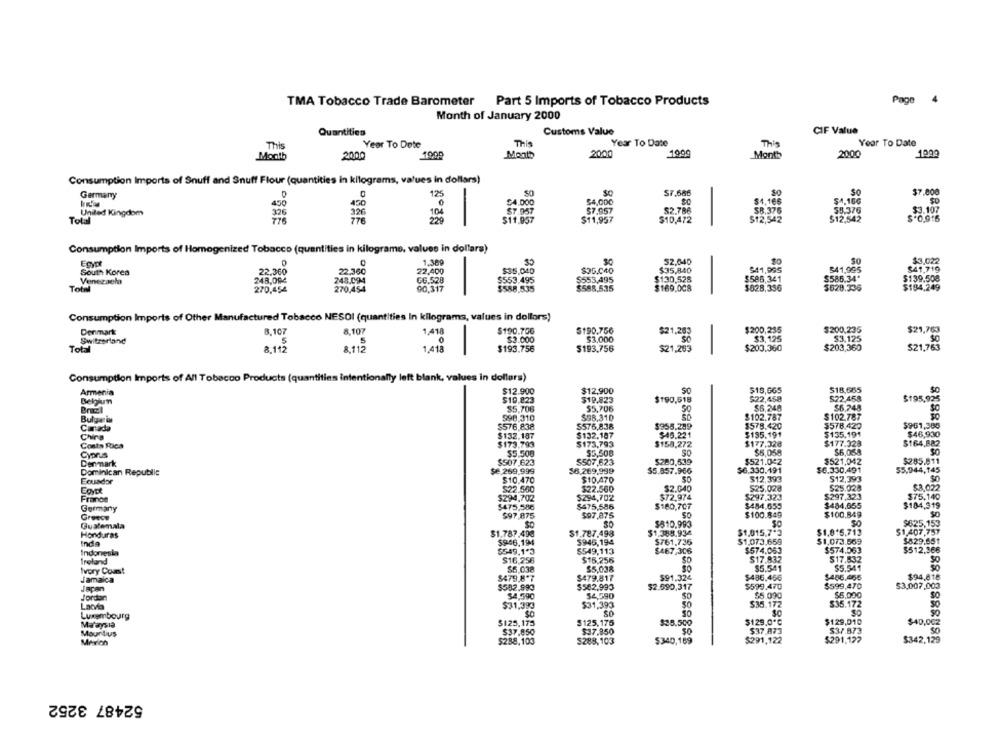
TMA Tobacco Trade Barometer
Part 5 Imports of Tobacco Products
Page
4
Month of January 2000
Quantities
Customs Value
CIF Value
This
Year To Date
Year To Date
This
Year To Dete
This
Month
2000
Month
2000
1999
Month
2000
Consumption Imports of Snuff and Snuff Flour (quantities in kilograms, values in dollars)
50
$7.666
SO
$7.000
Germany
125
$4.000
54,000
$1,166
$4.166
$0
450
0
United Kingdom
326
104
$7 057
$7.957
$2.786
$8.376
$5.376
$3.107
Total
776
$11.957
$11,957
$10,472
$12,542
$12,542
$ 0,916
Consumption Imports of Homogenized Tobacco (quantities in kilogramo, values in dollara)
52.040
$3.022
0
1.369
541,995
$41.719
South Korea
22.360
22.360
22,400
$35.040
$35.040
$35,840
541,995
Venezuela
248.092
248.094
G6.528
$553.495
$553,495
$130,528
$586,341
$586.34"
$139.508
Total
270,454
270,454
90,317
$588,535
$588,535
$169,008
$828,336
$628.336
$194,249
Consumption Imports of Other Manufactured Tobacco NESOl (quantities In kilograms, values in dollors)
Denmark
8,107
8,107
1.418
$190.70G
5190.756
$21,203
$200,235
$200,235
$21,763
Switzerland
$2.000
$3.000
SO
$3,125
$3.125
SO
Total
8,112
1.418
$193.756
$193,756
$21,253
$203,360
$203,360
$21,763
Consumption Imports of All Tobacco Products (quantities intentionally
blank, values in dollars)
Armenia
$12.900
$12,900
SC
$18,665
$18,665
Belgium
$10.823
$19.823
$190,518
$22,458
S22.458
$195,925
Bracel
$5,708
$5,706
$6,248
$6.748
Sc
$98.310
$102.787
$102.787
Bulge in
998.310
Canada
$576.838
5576,838
$958.299
$578.420
$578.429
$961,385
Chira
$132.187
$132.187
$46.221
$135.191
$135.191
$46,930
Costa Rica
$173.793
$173,793
$158,272
$177.328
$177.328
$164,882
$5.508
55,508
SO
$5,058
$6,058
Cyprus
$507,623
$280,539
$521.042
$521,042
$285.011
Denmark
$507.623
55.944,145
Dominican Republic
$e 269,999
$6.269,999
$5.857,966
$6.330.191
$6.330,491
Ecuador
$10.470
$10.470
$12,393
$12,393
EgyEt
S22,560
$22.560
$2.040
$25.028
$25.028
$8,022
France
$294,702
5294,702
$72,974
$297.323
$297.323
$75.140
$180,707
$484.655
$484,655
$184,319
Germany
$475,580
$475,586
$97,875
$100.849
$100,849
Greece
$97,875
Guatemala
$810.993
SO
$825,153
Honduras
$1.787.49€
$1.787.498
$1.388.934
$1,015,7*3
$1,815.713
$1,407,757
Inda
$946.194
$946,194
$761.735
$1,073,659
$1,073.569
$829.651
$549.1.3
$549,113
$574.063
$574.063
$512.366
Indonesia
$467,306
Ireland
$16,256
$16,256
$17.932
$17,832
Ivory Coast
$5,038
$5,038
$5.541
$5.541
Jamaica
$479.8*7
$479.817
$91.324
$486.456
$486.065
$94,818
Japan
$582.990
$582.993
$2.590,317
$599.470
$599,470
$3,007,003
$4.590
$5,000
Jordar
$4,590
$5.090
SO
Latvia
$31,390
$31,393
50
$35.172
$35.172
Luxembourg
SO
SO
SO
Malaysia
$125.175
$125,175
$25.500
$129.0'℃
$129,010
$40,002
$37.850
$37.850
$37.873
$37.873
50
Mountius
$291.127
$238,103
S288,103
$340,189
$291,122
$342,129
52487 3252